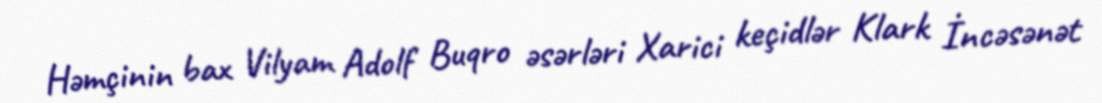
Həmçinin bax Vilyam Adolf Buqro əsərləri Xarici keçidlər Klark İncəsənət